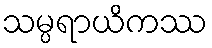
သမ္ပရာယိကဿ